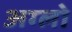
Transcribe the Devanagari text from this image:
अग्लो